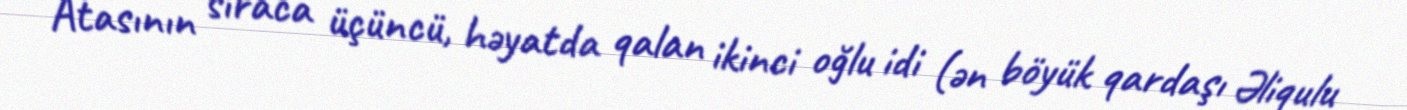
Atasının sıraca üçüncü, həyatda qalan ikinci oğlu idi (ən böyük qardaşı Əliqulu